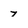
Character: 7